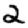
Digit: 2